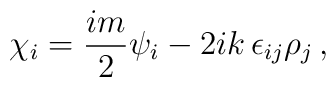
\chi_i = \frac{im}{2} \psi_i - 2ik\, \epsilon_{ij} \rho_j\, ,